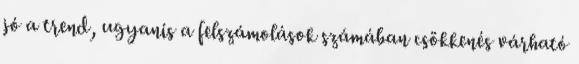
jó a trend, ugyanis a felszámolások számában csökkenés várható